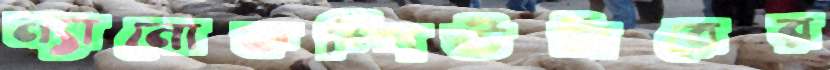
ন্যানোকম্পিউটারের